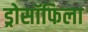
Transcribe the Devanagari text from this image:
ड्रोसॉफिला